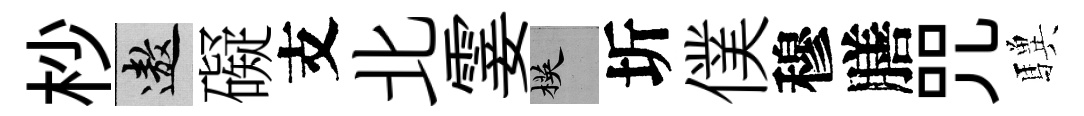
杪遨礙支北霎楧圻僕穆膳咒驥